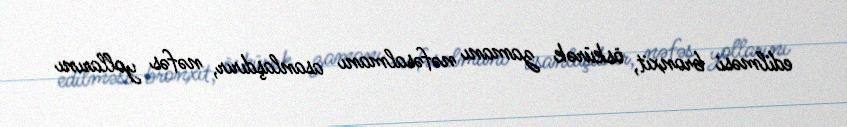
edilməsi bronxit, öskürək zamanı nəfəsalmanı asanlaşdırır, nəfəs yollarını